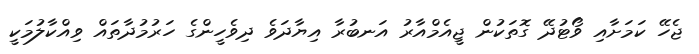
ޖެހޭ ކަމަށާއި ވޯޓުދޭ ގޮތަކުން ޖީއެމްއާރު އަނބުރާ އިޔާދަވެ ދިވެހީންގެ ހަރުމުދާތައް ވިއްކާލުމަކީ